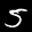
Label: 5